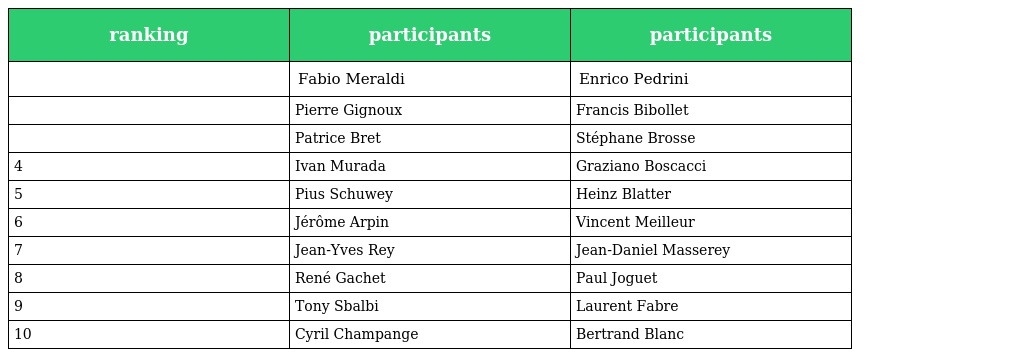
| ranking | participants | participants |
 | --- | --- | --- |
 |  | Fabio Meraldi | Enrico Pedrini |
 |  | Pierre Gignoux | Francis Bibollet |
 |  | Patrice Bret | Stéphane Brosse |
 | 4 | Ivan Murada | Graziano Boscacci |
 | 5 | Pius Schuwey | Heinz Blatter |
 | 6 | Jérôme Arpin | Vincent Meilleur |
 | 7 | Jean-Yves Rey | Jean-Daniel Masserey |
 | 8 | René Gachet | Paul Joguet |
 | 9 | Tony Sbalbi | Laurent Fabre |
 | 10 | Cyril Champange | Bertrand Blanc |